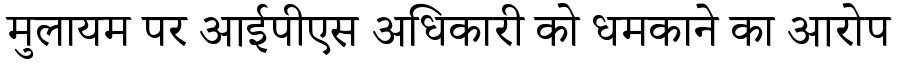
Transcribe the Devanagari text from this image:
मुलायम पर आईपीएस अधिकारी को धमकाने का आरोप